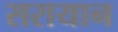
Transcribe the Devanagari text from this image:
सरायान